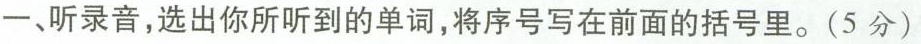
一、听录音，选出你所听到的单词,将序号写在前面的括号里.(5分)